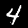
Digit: 4